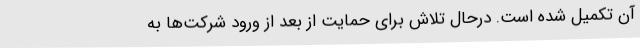
آن تکمیل شده است. درحال تلاش برای حمایت از بعد از ورود شرکت‌ها به